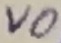
Text: VO